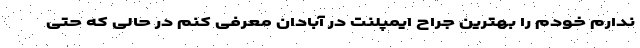
ندارم خودم را بهترین جراح ایمپلنت در آبادان معرفی کنم در حالی که حتی